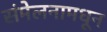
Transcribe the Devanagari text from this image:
संमेलनामधून